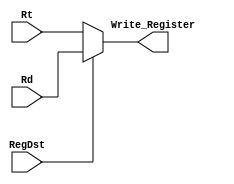
`timescale 1ns / 1ps
//////////////////////////////////////////////////////////////////////////////////
// Company: 
// Engineer: 
// 
// Design Name: 
// Module Name: write_register_MUX
// Project Name: 
// Target Devices: 
// Tool Versions: 
// Description: 
// 
// Dependencies: 
// 
// Revision:
// Revision 0.01 - File Created
// Additional Comments:
// 
//////////////////////////////////////////////////////////////////////////////////


module write_register_MUX(input [4:0] Rt, input [4:0] Rd, input RegDst, output reg [4:0] Write_Register);

always@(*)
begin
    if(RegDst)
        Write_Register <= Rd;
    else
        Write_Register <= Rt;
end
endmodule